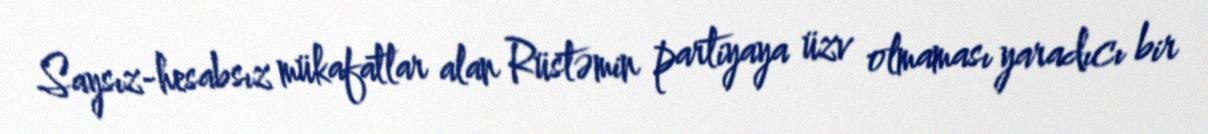
Saysız-hesabsız mükafatlar alan Rüstəmin partiyaya üzv olmaması yaradıcı bir